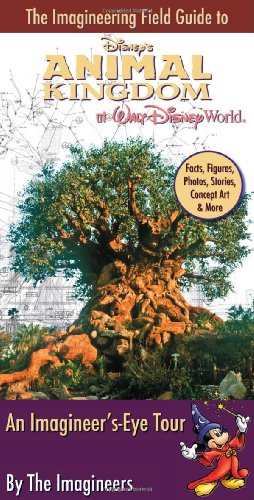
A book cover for The Imagineering Field Guide to Disney's Animal Kingdom at Walt Disney World; Disney Editions; Children's Books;